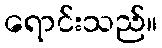
ရောင်းသည်။